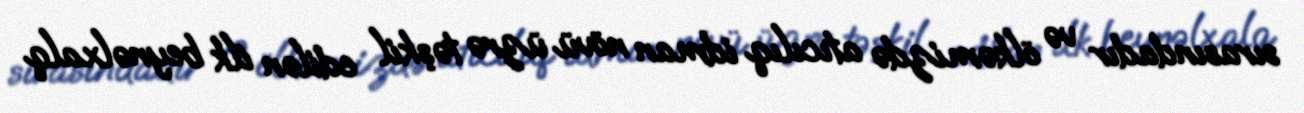
sırasındadır və ölkəmizdə atıcılıq idman növü üzrə təşkil edilən ilk beynəlxalq